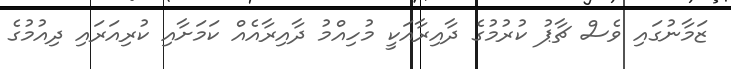
ޒަމާނުގައި ވެސް ޗާޕު ކުރުމުގެ ދާއިރާއަކީ މުހިއްމު ދާއިރާއެއް ކަމަށާއި ކުރިއަރައި ދިއުމުގެ